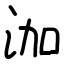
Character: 泇